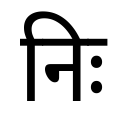
OCR:
निः